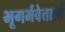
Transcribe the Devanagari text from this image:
भूगर्भवेत्ताओं